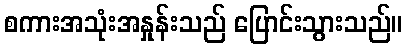
စကားအသုံးအနှုန်းသည် ပြောင်းသွားသည်။